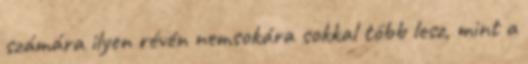
számára ilyen révén nemsokára sokkal több lesz, mint a